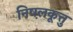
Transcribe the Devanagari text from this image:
निष़लकूत्तु